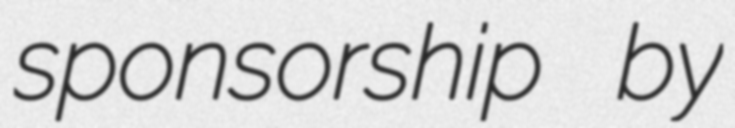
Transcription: sponsorship by